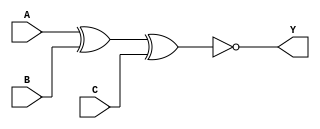
module xnor3( A, Y, B, C ) ;
	input A, B, C ;
	output Y ;
	assign Y = ~(A^B^C) ;
endmodule